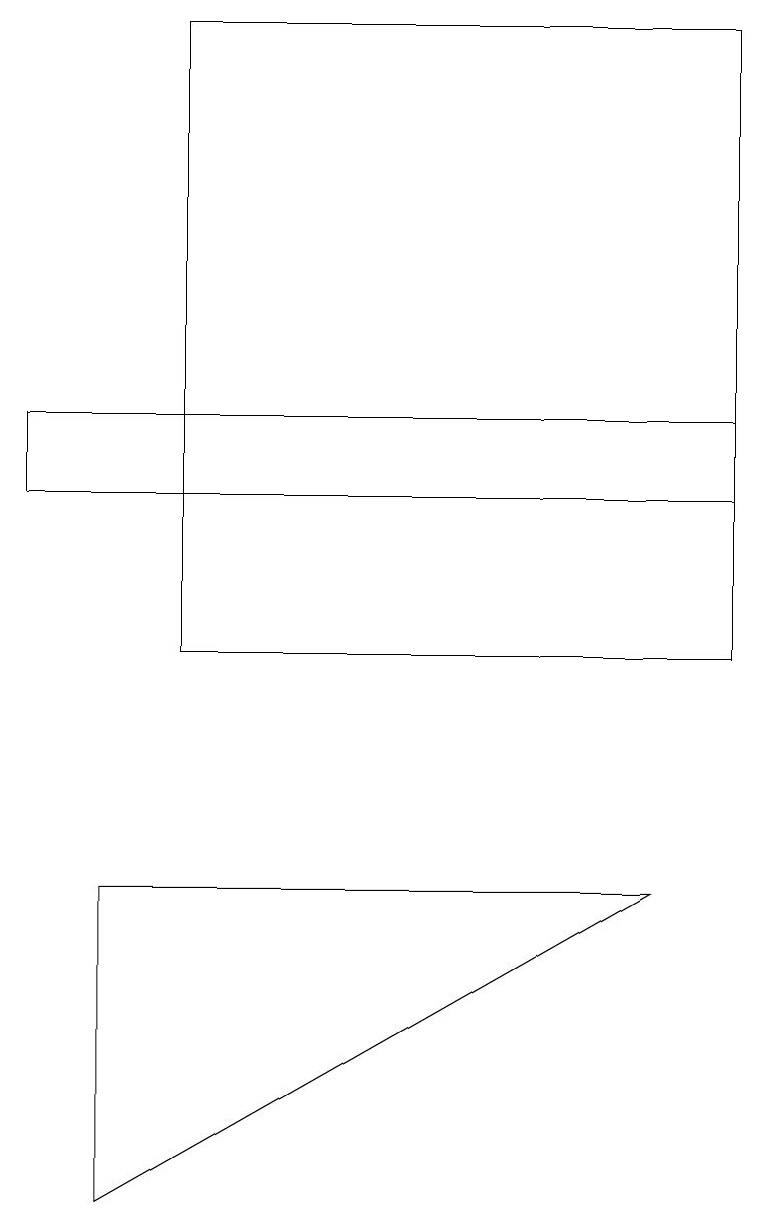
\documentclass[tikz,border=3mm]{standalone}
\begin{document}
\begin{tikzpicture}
\draw (1,7) -- (1,3) -- (8,7) -- cycle;
\draw (9,13) rectangle (0,12);
\draw (9,18) rectangle (2,10);
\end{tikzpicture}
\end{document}